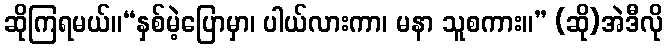
ဆိုကြရမယ်။“နှစ်မဲ့ပြောမှာ၊ ပါယ်လားကာ၊ မနာ သူစကား။” (ဆို)အဲဒီလို